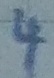
Text: 4